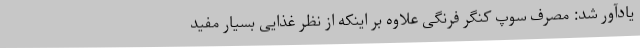
یادآور شد: مصرف سوپ کنگر فرنگی علاوه بر اینکه از نظر غذایی بسیار مفید